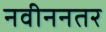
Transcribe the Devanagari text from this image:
नवीननतर